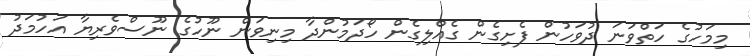
މިމަހުގެ ހަތްވަނަ ދުވަހުން ފެށިގެން ގެއްލިގެން ހޯދަމުންދާ މިނިވަން ނޫހުގެ ނޫސްވެރިޔާ އަހުމަދު